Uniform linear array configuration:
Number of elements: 64
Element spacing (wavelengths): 1
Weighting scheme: cosine
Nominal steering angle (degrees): -60
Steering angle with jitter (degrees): -60.979
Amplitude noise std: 0.05
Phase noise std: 0.05

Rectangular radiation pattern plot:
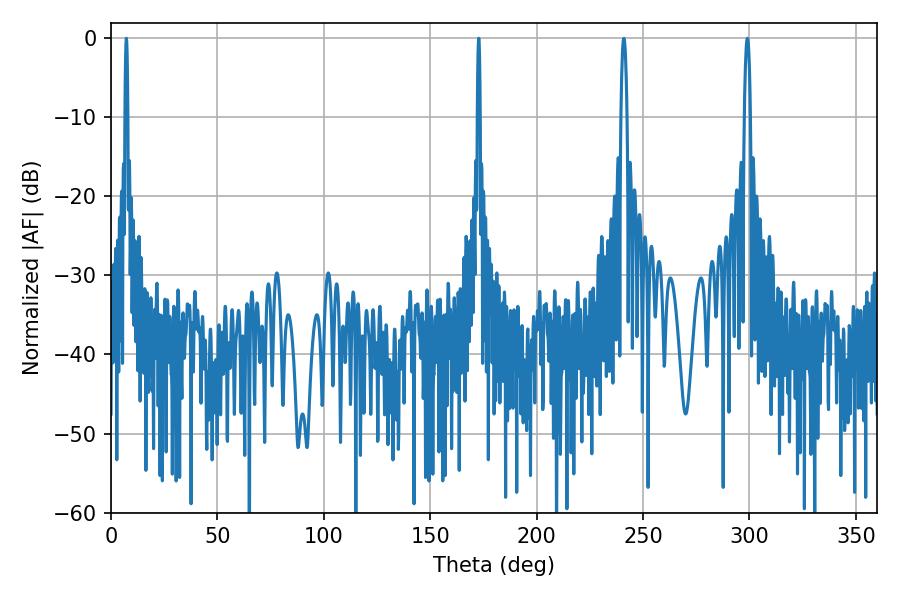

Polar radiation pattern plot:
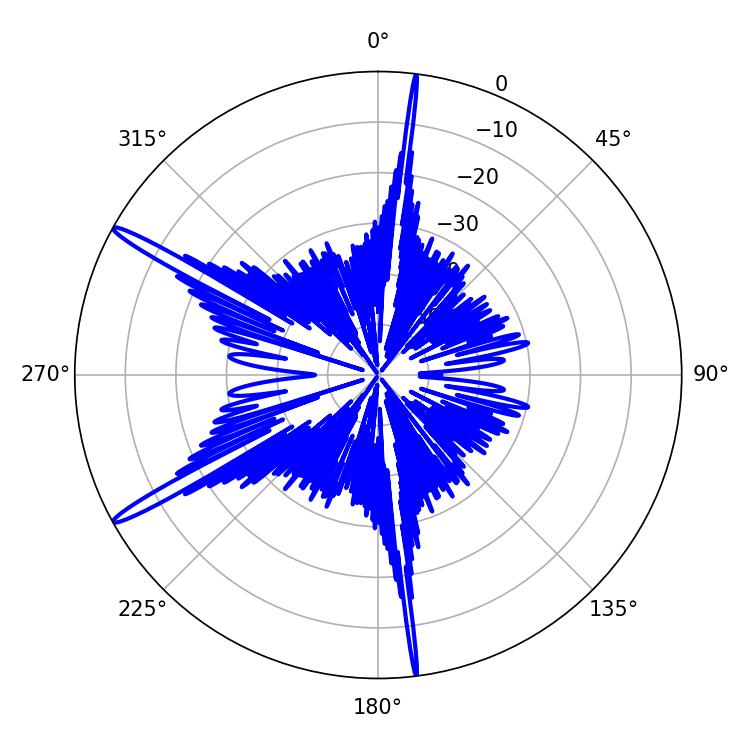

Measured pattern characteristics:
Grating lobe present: TRUE
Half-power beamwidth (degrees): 0.72
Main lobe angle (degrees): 7.2